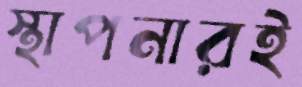
স্থাপনারই